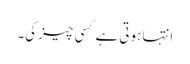
انتہا ہوتی ہے کسی چیز کی۔